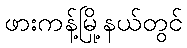
ဖားကန့်မြို့နယ်တွင်